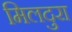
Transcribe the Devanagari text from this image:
मिलदुरा